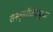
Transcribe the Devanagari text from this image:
संस्कृतीतसुद्धा